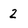
Character: 2